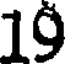
19